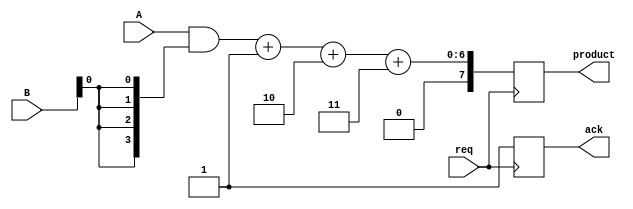
module async_wallace_tree_multiplier #(
    parameter N = 4,   // Bit width of inputs A and B
    parameter M = 4    // Bit width of inputs A and B
)(
    input wire [N-1:0] A,
    input wire [M-1:0] B,
    input wire req,          // Request signal for multiplication
    output reg ack,         // Acknowledge signal
    output reg [N+M-1:0] product // Output product
);

// Wires for partial products
wire [N-1:0] partial_products[M-1:0];
reg [N+M-1:0] sum_stage1 [N+M:0]; // Stage 1 sum
reg [N+M-1:0] sum_stage2 [N+M:0]; // Stage 2 sum

// Partial product generation
genvar i;
generate
    for (i = 0; i < M; i = i + 1) begin : gen_partial_products
        assign partial_products[i] = A & {N{B[i]}};
    end
endgenerate

// Wallace Tree Summation
integer j;
always @(posedge req) begin
    // Stage 1: Reduce to a manageable number of bits
    for (j = 0; j < M; j = j + 1) begin
        sum_stage1[j] = {partial_products[j], j}; // Shift for alignment
    end

    // Summing the partial products (this step is simplified for illustration)
    sum_stage1[0] = partial_products[0];
    for (j = 1; j < M; j = j + 1) begin
        sum_stage1[0] = sum_stage1[0] + sum_stage1[j]; 
    end

    // Stage 2: Final addition of products (again simplified)
    product = sum_stage1[0];

    // Handshaking protocol
    ack <= 1'b1; // Acknowledge the completion of multiplication
end

endmodule